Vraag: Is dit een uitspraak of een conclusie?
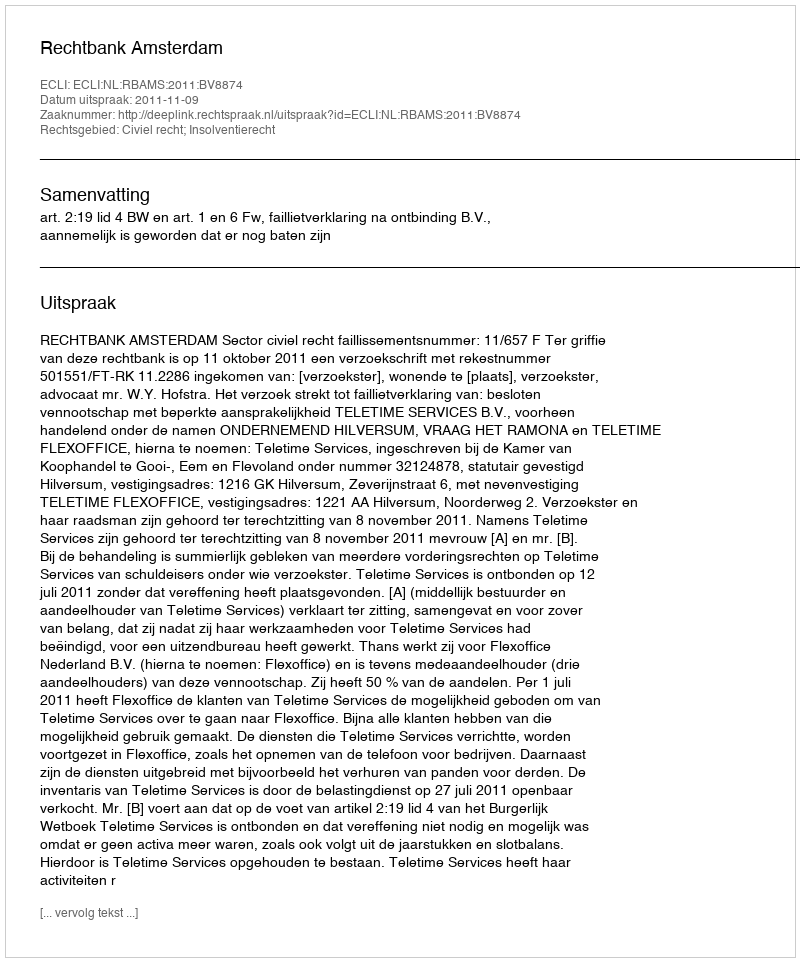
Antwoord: Uitspraak